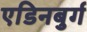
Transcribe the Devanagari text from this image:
एडिनबुर्ग